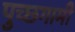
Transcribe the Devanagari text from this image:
पुच्छगामी